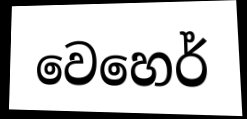
වෙහෙර්